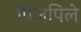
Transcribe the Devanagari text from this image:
पिलपिले